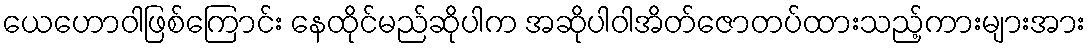
ယေဟောဝါဖြစ်ကြောင်း နေထိုင်မည်ဆိုပါက အဆိုပါဝါအိတ်ဇောတပ်ထားသည့်ကားများအား